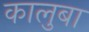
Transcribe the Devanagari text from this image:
कालुबा